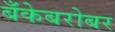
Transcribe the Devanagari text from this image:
बँकेबरोबर